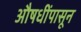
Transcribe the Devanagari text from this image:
औषधींपासून